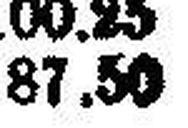
87.50